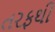
તરફથી